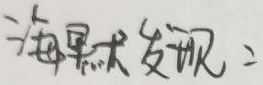
海量数据发现：